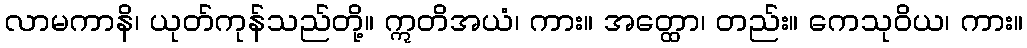
လာမကာနိ၊ ယုတ်ကုန်သည်တို့။ ဣတိအယံ၊ ကား။ အတ္ထော၊ တည်း။ ကေသုဝိယ၊ ကား။